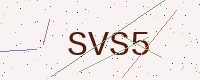
Text: SVS5